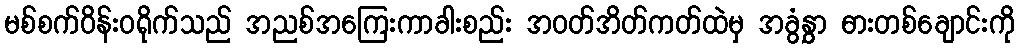
မစ်စက်ဝိန်းဝရိုက်သည် အညစ်အကြေးကာခါးစည်း အဝတ်အိတ်ကတ်ထဲမှ အခွံနွှာ ဓားတစ်ချောင်းကို